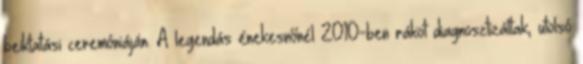
beiktatási ceremóniáján. A legendás énekesnőnél 2010-ben rákot diagnosztizáltak, utolsó